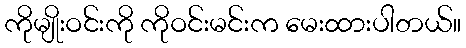
ကိုမျိုးဝင်းကို ကိုဝင်းမင်းက မေးထားပါတယ်။